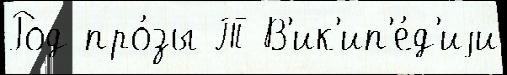
Род про́зы Т В'ик'ип'е́д'иjи